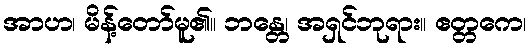
အာဟ၊ မိန့်တော်မူ၏။ ဘန္တေ၊ အရှင်ဘုရား။ ဧတ္တကေ၊